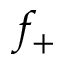
f _ { + }